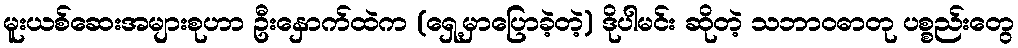
မူးယစ်ဆေးအများစုဟာ ဦးနှောက်ထဲက (ရှေ့မှာပြောခဲ့တဲ့) ဒိုပါမင်း ဆိုတဲ့ သဘာဝဓာတု ပစ္စည်းတွေ